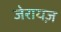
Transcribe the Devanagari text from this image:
जेरायज़